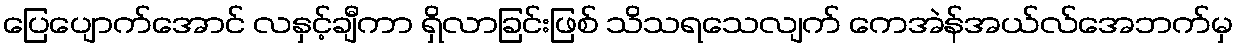
ပြေပျောက်အောင် လနှင့်ချီကာ ရှိလာခြင်းဖြစ် သိသရသေလျက် ကေအဲန်အယ်လ်အေဘက်မှ